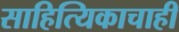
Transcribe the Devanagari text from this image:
साहित्यिकाचाही